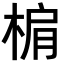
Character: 𣓖